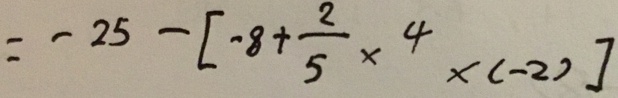
= - 2 5 - [ - 8 + \frac { 2 } { 5 } \times 4 \times ( - 2 ) ]